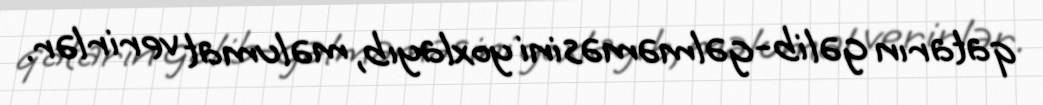
qatarın gəlib-gəlməməsini yoxlayıb, məlumat verirlər.